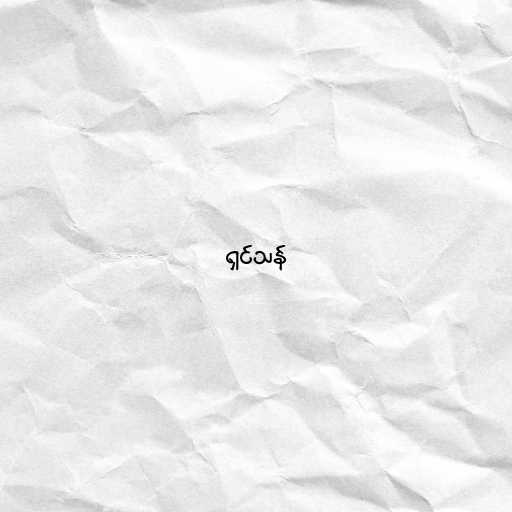
ရှင်သန်